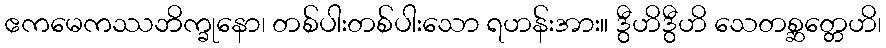
ဧကမေကဿဘိက္ခုနော၊ တစ်ပါးတစ်ပါးသော ရဟန်းအား။ ဒွီဟိဒွီဟိ သေတစ္ဆတ္တေဟိ၊